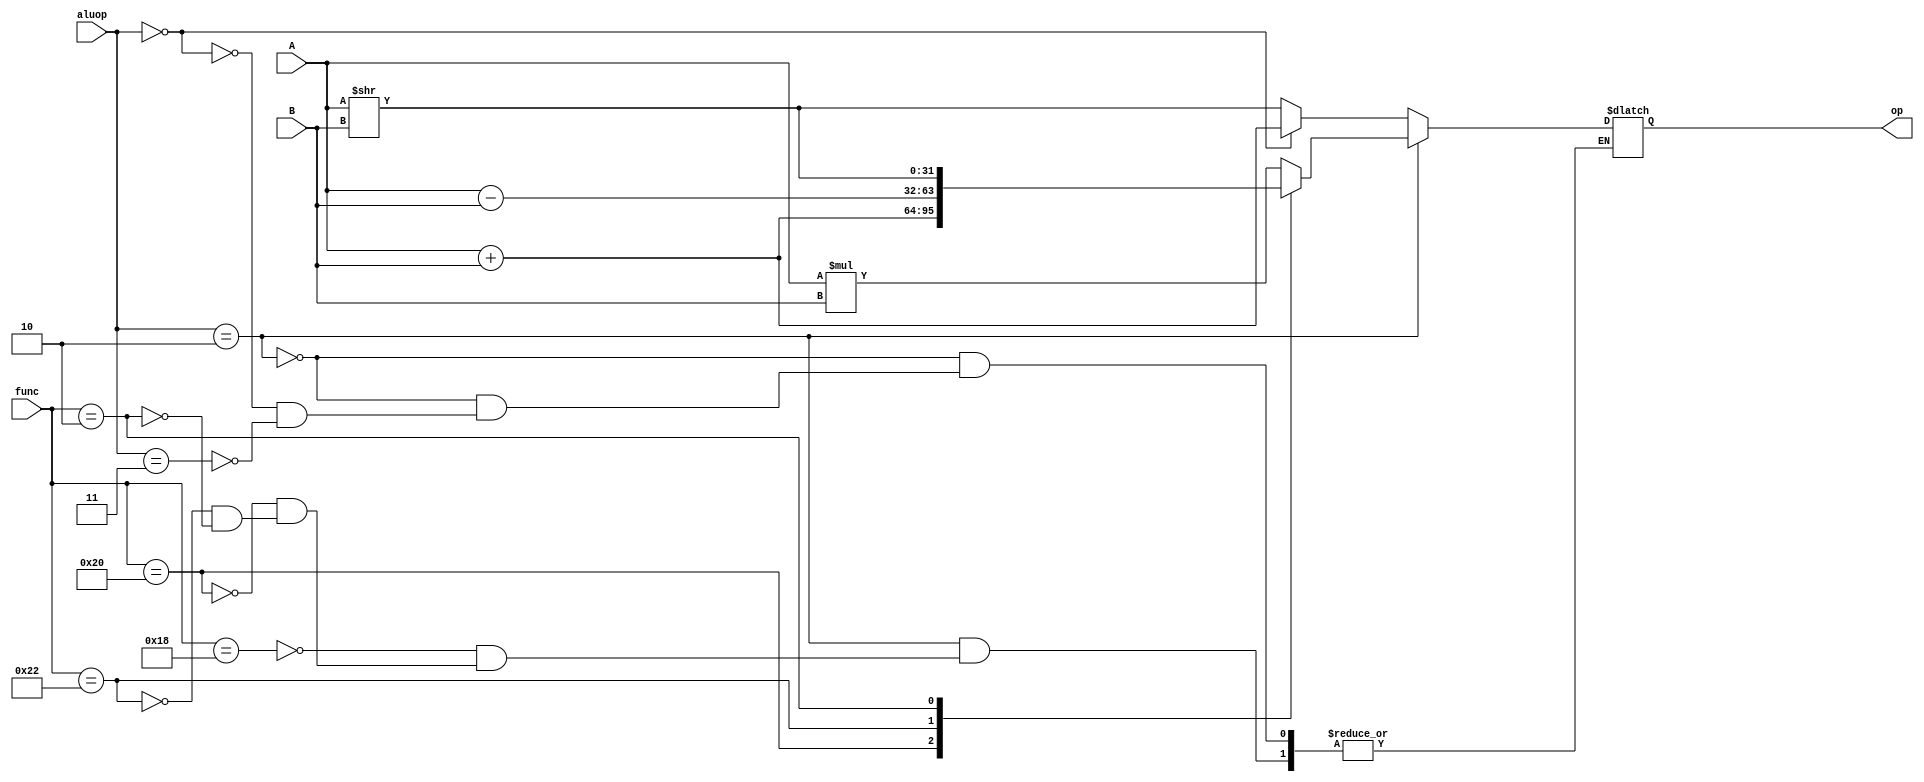
`timescale 1ns / 1ps
//////////////////////////////////////////////////////////////////////////////////
// Company: 
// Engineer: 
// 
// Design Name: 
// Module Name: alu
// Project Name: 
// Target Devices: 
// Tool Versions: 
// Description: 
// 
// Dependencies: 
// 
// Revision:
// Revision 0.01 - File Created
// Additional Comments:
// 
//////////////////////////////////////////////////////////////////////////////////


module alu(A,B,func,aluop,op);
input [31:0]A,B;
input [1:0]aluop;
output reg[31:0]op;
input [5:0]func;
    
    always@(*)begin
    if(aluop==2'b10)
    begin
    case(func)
    6'b011000:op<=A*B;
    //6'b100101:op<=A|B;
    6'b100000:op<=A+B;
    6'b100010:op<=A-B;
    6'b100000:op<=A<<B;
    6'b000010:op<=A>>B;
    //default:op<=32'bx;
    
    endcase
    end
    else if(aluop==2'b00) begin
    op=(A+B); end
    
    else if(aluop==2'b11)begin
    op<= A>>B;//A||B;
    end
    
    
    end 
    endmodule